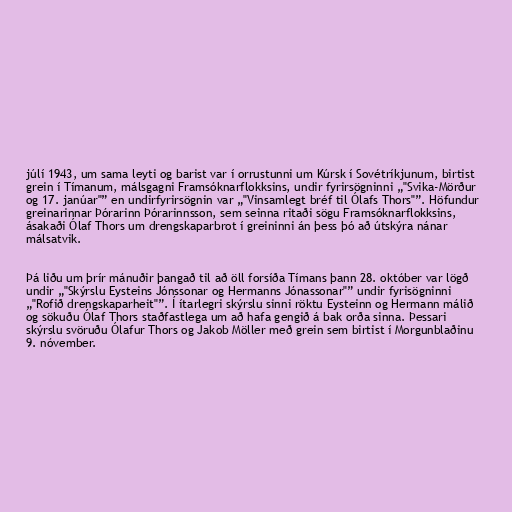
júlí 1943, um sama leyti og barist var í orrustunni um Kúrsk í Sovétríkjunum, birtist
grein í Tímanum, málsgagni Framsóknarflokksins, undir fyrirsögninni „"Svika-Mörður
og 17. janúar"” en undirfyrirsögnin var „"Vinsamlegt bréf til Ólafs Thors"”. Höfundur
greinarinnar Þórarinn Þórarinnsson, sem seinna ritaði sögu Framsóknarflokksins,
ásakaði Ólaf Thors um drengskaparbrot í greininni án þess þó að útskýra nánar
málsatvik.

Þá liðu um þrír mánuðir þangað til að öll forsíða Tímans þann 28. október var lögð
undir „"Skýrslu Eysteins Jónssonar og Hermanns Jónassonar"” undir fyrisögninni
„"Rofið drengskaparheit"”. Í ítarlegri skýrslu sinni röktu Eysteinn og Hermann málið
og sökuðu Ólaf Thors staðfastlega um að hafa gengið á bak orða sinna. Þessari
skýrslu svöruðu Ólafur Thors og Jakob Möller með grein sem birtist í Morgunblaðinu
9. nóvember.